Leaving Certificate Examination (including Day School Certificate (Higher) General paper), 1938
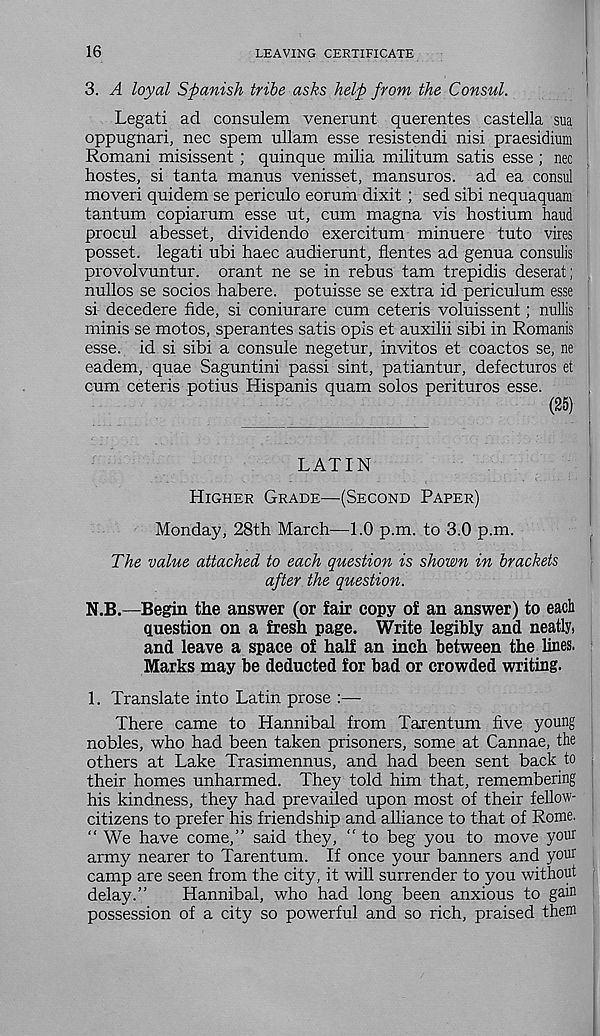
16
LEAVING CERTIFICATE
3. A loyal Spanish tribe asks help from the Consul.
Legati ad consulem venerunt querentes castella sua
oppugaari, nec spem ullam esse resistendi nisi praesidium
Romani misissent; quinque milia militum satis esse ; nec
hostes, si tanta manus venisset, mansuros. ad ea consul
moveri quidem se periculo eorum dixit ; sed sibi nequaquam
tantum copiarum esse ut, cum magna vis hostium baud
procul abesset, dividendo exercitum minuere tuto vires
posset, legati ubi haec audierunt, flentes ad genua consulis
provolvuntur. orant ne se in rebus tarn trepidis deserat;
nullos se socios habere, potuisse se extra id periculum esse
si decedere fide, si coniurare cum ceteris voluissent; nullis
minis se motos, sperantes satis opis et auxilii sibi in Romanis
esse, id si sibi a consule negetur, invitos et coactos se, ne
eadem, quae Saguntini passi sint, patiantur, defecturos et
cum ceteris potius Hispanis quam solos perituros esse.
(25)
LATIN
HIGHER GRADE—(SECOND PAPER)
Monday, 28th March—1.0 p.m. to 3.0 p.m.
The value attached to each question is shown in brackets
after the question.
N.B.—Begin the answer (or fair copy of an answer) to each
question on a fresh page. Write legibly and neatly,
and leave a space of half an inch between the lines.
Marks may be deducted for bad or crowded writing.
1. Translate into Latin prose :—
There came to Hannibal from Tarentum five young
nobles, who had been taken prisoners, some at Cannae, the
others at Lake Trasimennus, and had been sent back to
their homes unharmed. They told him that, remembering
his kindness, they had prevailed upon most of their fellow-
citizens to prefer his friendship and alliance to that of Rome.
“ We have come,” said they, “ to beg you to move your
army nearer to Tarentum. If once your banners and your
camp are seen from the city, it will surrender to you without
delay.”
Hannibal, who had long been anxious to gain
possession of a city so powerful and so rich, praised them